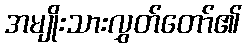
အမျိုးသားလွှတ်တော်၏